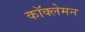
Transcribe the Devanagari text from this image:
कॉक्लेमन